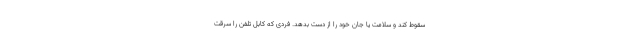
سقوط کند و سلامت یا جان خود را از دست بدهد. فردی که کابل تلفن را سرقت